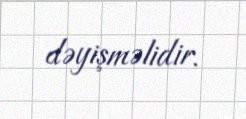
dəyişməlidir.